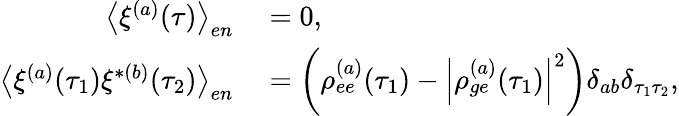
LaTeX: \begin{array}{rl}{\left\langle\xi^{(a)}(\tau)\right\rangle_{en}}&{{}=0,}\\ {\left\langle\xi^{(a)}(\tau_{1})\xi^{*(b)}(\tau_{2})\right\rangle_{en}}&{{}=\left(\rho_{ee}^{(a)}(\tau_{1})-\left|\rho_{ge}^{(a)}(\tau_{1})\right|^{2}\right)\delta_{ab}\delta_{\tau_{1}\tau_{2}},}\end{array}